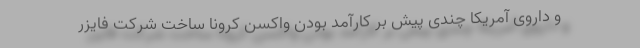
و داروی آمریکا چندی پیش بر کارآمد بودن واکسن کرونا ساخت شرکت فایزر